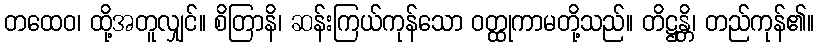
တထေဝ၊ ထို့အတူလျှင်။ စိတြာနိ၊ ဆန်းကြယ်ကုန်သော ဝတ္ထုကာမတို့သည်။ တိဋ္ဌန္တိ၊ တည်ကုန်၏။